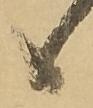
候